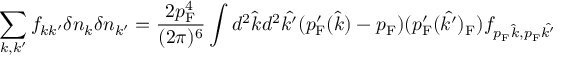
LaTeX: \sum _ { k , k ^ { \prime } } f _ { k k ^ { \prime } } \delta n _ { k } \delta n _ { k ^ { \prime } } = { \frac { 2 p _ { \mathrm { { F } } } ^ { 4 } } { ( 2 \pi ) ^ { 6 } } } \int d ^ { 2 } { \hat { k } } d ^ { 2 } { \hat { k ^ { \prime } } } ( p _ { \mathrm { { F } } } ^ { \prime } ( { \hat { k } } ) - p _ { \mathrm { { F } } } ) ( p _ { \mathrm { { F } } } ^ { \prime } ( { \hat { k ^ { \prime } } } ) _ { \mathrm { { F } } } ) f _ { p _ { \mathrm { { F } } } { \hat { k } } , p _ { \mathrm { { F } } } { \hat { k ^ { \prime } } } }